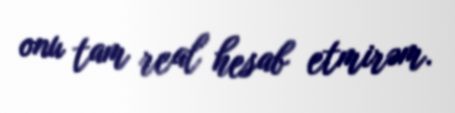
onu tam real hesab etmirəm.